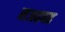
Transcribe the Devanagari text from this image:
सअहबह